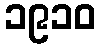
၁၉၁၀